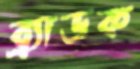
ব্র্যাডক